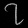
Digit: ၇